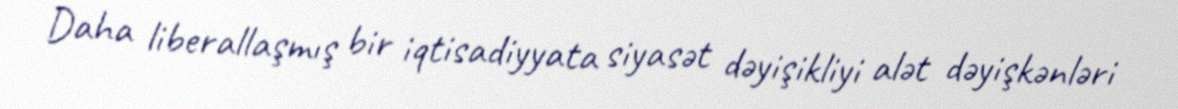
Daha liberallaşmış bir iqtisadiyyata siyasət dəyişikliyi alət dəyişkənləri